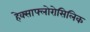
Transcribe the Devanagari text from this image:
हेक्साफ्लोरोसिलिक